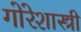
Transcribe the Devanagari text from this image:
गोरेशास्त्री